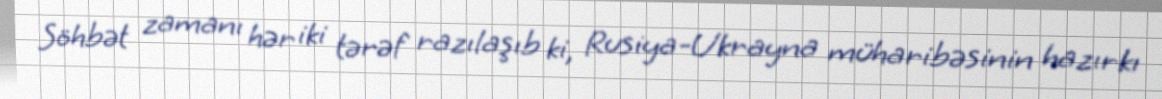
Söhbət zamanı hər iki tərəf razılaşıb ki, Rusiya-Ukrayna müharibəsinin hazırkı